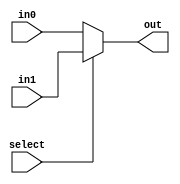
module mux32bit (
input [31:0] in0, // First 32-bit input
input [31:0] in1, // Second 32-bit input
input select, // Selection line
output reg [31:0] out // 32-bit output
);
always @(*) begin
if (select) begin
out = in1; // Select in1 if select is high
end else begin
out = in0; // Select in0 if select is low
end
end
endmodule